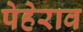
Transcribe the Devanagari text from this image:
पेहेराव